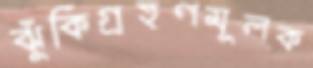
ঝুঁকিগ্রহণমূলক